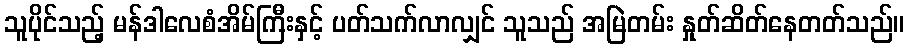
သူပိုင်သည့် မန်ဒါလေစံအိမ်ကြီးနှင့် ပတ်သက်လာလျှင် သူသည် အမြဲတမ်း နှုတ်ဆိတ်နေတတ်သည်။